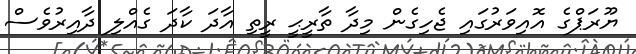
ޔޫރަޕްގެ އޮއިވަރުގައި ޖެހިގެން މިދާ ތާރީޙީ ރީތި އާދަ ކާދަ ގެއްލި ދާއިރުވެސް